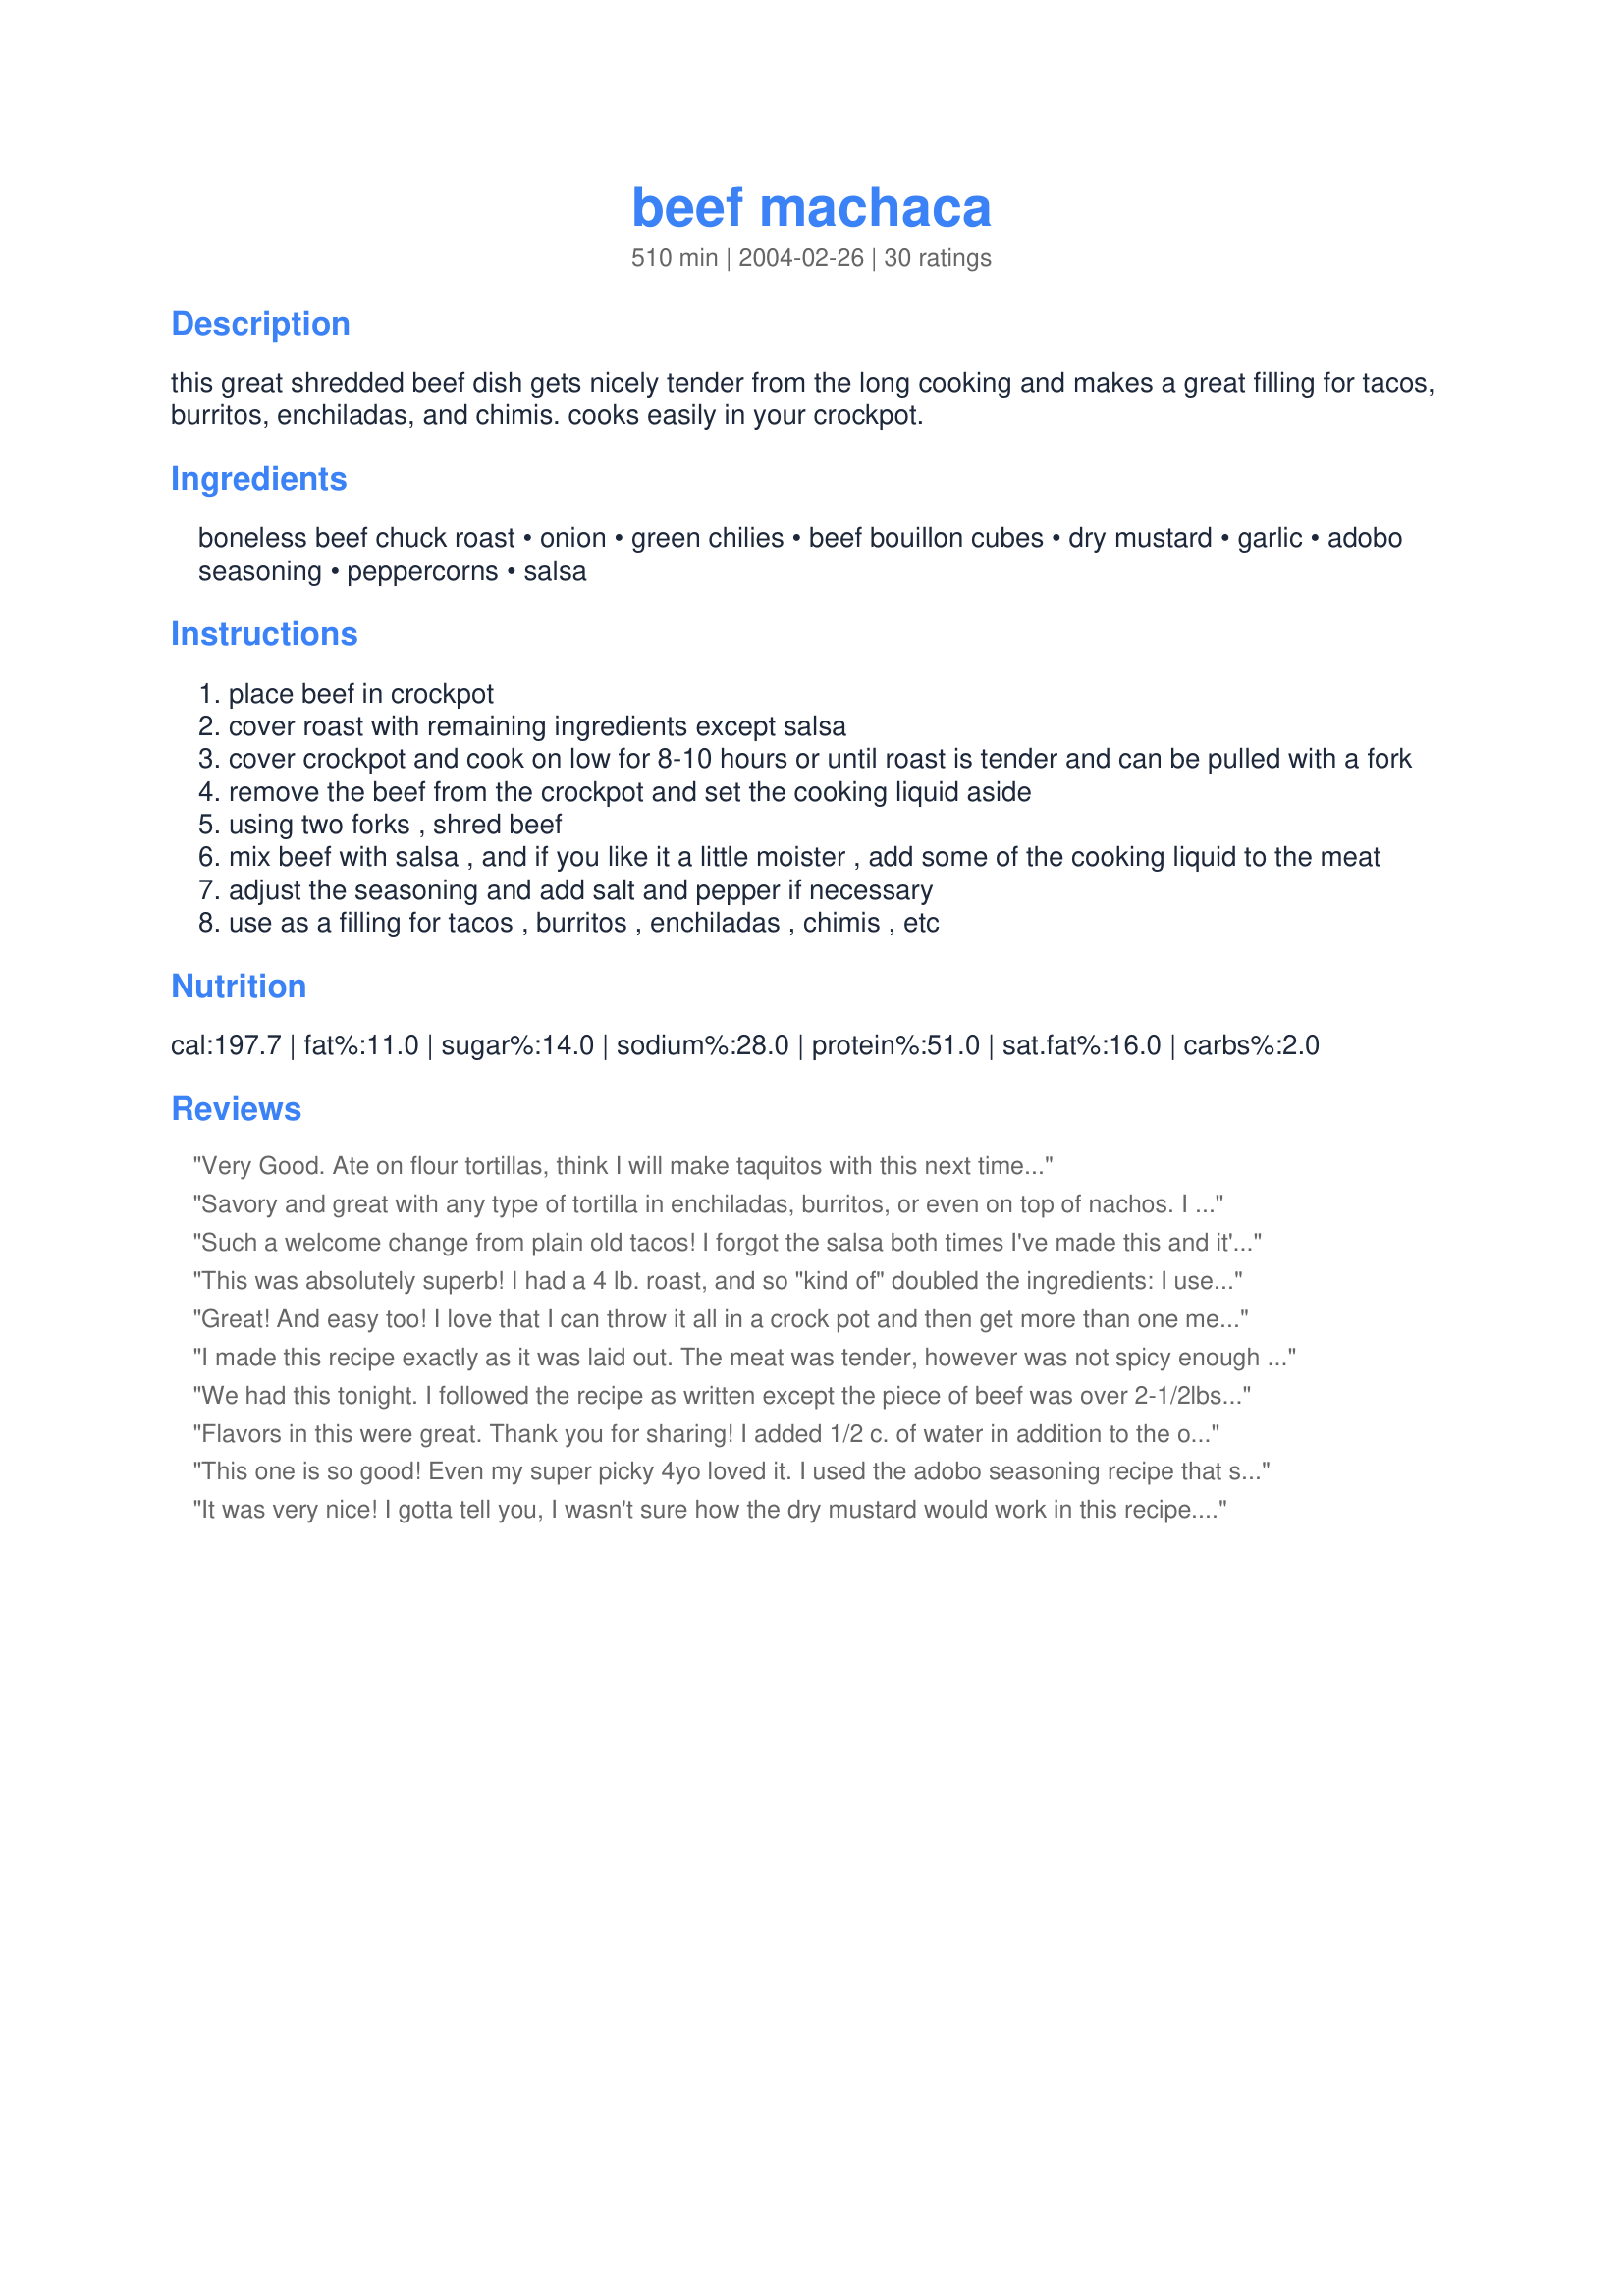
beef machaca
Preparation time: 510 minutes

this great shredded beef dish gets nicely tender from the long cooking and makes a great filling for tacos, burritos, enchiladas, and chimis. cooks easily in your crockpot.

Ingredients:
boneless beef chuck roast, onion, green chilies, beef bouillon cubes, dry mustard, garlic, adobo seasoning, peppercorns, salsa

Steps:
place beef in crockpot
cover roast with remaining ingredients except salsa
cover crockpot and cook on low for 8-10 hours or until roast is tender and can be pulled with a fork
remove the beef from the crockpot and set the cooking liquid aside
using two forks , shred beef
mix beef with salsa , and if you like it a little moister , add some of the cooking liquid to the meat
adjust the seasoning and add salt and pepper if necessary
use as a filling for tacos , burritos , enchiladas , chimis , etc

Reviews:
Very Good. Ate on flour tortillas, think I will make taquitos with this next time...
Savory and great with any type of tortilla in enchiladas, burritos, or even on top of nachos. I love serving with Refried Beans Recipe #10614 to impress company!
Such a welcome change from plain old tacos! I forgot the salsa both times I've made this and it's still delicious. Served in tortillas or hard shells with cheddar cheese, rice and sour cream. We are salt sensitive and only used 1 beef bullion cube.
This was absolutely superb! I had a 4 lb. roast, and so "kind of" doubled the ingredients: I used 2 onions, 4 cloves of garlic, 2 1/2 beef bullions, 2 tsps. dry mustard, 1 tsp cumin(instead of adobo), about 1 tsp. salt, lots of ground black pepper and two cans of chili. I let it cook in the crockpot, shredded it and let each person add their own salsa to their meal. I also hated to waste all the onion/garlic/chili mixture, so I drained them and mushed them into the beef. This beef was good in tortillas, and also good reheated with salsa and put over rice. I will absolutely make this again!
Great! And easy too! I love that I can throw it all in a crock pot and then get more than one meal out of it. DH and step-son used it for hard shell tacos, I used a soft shell. Both were great!

Thanks!
I made this recipe exactly as it was laid out. The meat was tender, however was not spicy enough for our family. I would suggest adding 1 additional cans of chilis and 3 tablespoons of red pepper or chili powder for a spicy version.
We had this tonight. I followed the recipe as written except the piece of beef was over 2-1/2lbs. Still turned out great! Used it in soft taco shells. Best thing was it was ready when I got home from work. Thank you!
Flavors in this were great. Thank you for sharing! I added 1/2 c. of water in addition to the other ingredients just to be sure it didn't dry up while I was at work.
I might try another cut of meat for the next batch. I found the chuck roast fatty.. not my favorite cut of meat. The 1.5lb roast didn't yield any more than a soft taco dinner for 3. Too bad, because I was looking forward to trying it in eggs...8(
This one is so good! Even my super picky 4yo loved it. I used the adobo seasoning recipe that someone posted in their review. We made leftovers into egg burritos for breakfast and they were to die for. Can't wait to make enchiladas out of the rest. YUM!
It was very nice! I gotta tell you, I wasn't sure how the dry mustard would work in this recipe. But it was a nice subtle addition. I used 1 teaspoon of onion powder instead of the raw onion. I didn't use the salsa because the the shredded meat stood on it's own without it. I used Penzey's Adobo Seasoning.

It doesn't make 6 to 8 servings though. More like 4. The meat reduces a lot makes about 3 cups when done.

Husband said it was a keeper! I'm making another batch tomorrow!
This is a great crockpot recipe. So many of the recipes end of with pretty much the same taste, but this one was different. I will use this recipe again, for sure!!!!! Made exactly as directed.
WILDLY exceeded my (already very high) expectations! Hubbyman finished the recipe while I'd been kept late at work, and forgot to add the salsa to the shredded beef mixture, and it was STILL deliciously moist and flavorful. I think we'll make it that way on purpose next time to open up the possibilities even more - we had terrific beef sandwiches and awesome tacos, and I'm already envisioning the wonderful breakfast burritos and enchiladas, etc., etc., ad infinitum!

THANK YOU!
Nothing too spectacular.
This was really really good. I didn't have adobo seasoning but I did put cumin, salt and garlic. I used a pressure cooker for 1 hour and it was awesome. It is really great meat for enchiladas, tacos, burritos, or as a torta. It's a keeper.
This was so good. I will definitely make it again!
I have made this recipe about 5 times now with awesome results. I've used varying qualities of salsa (store brand -> freshly prepared). I've had much better results with the fresh style salsa. I used the following modifications: adjusted seasoning quantity based on size of roast, used wet bouillon paste, added 1/2 cup water. After i shredded the meat, i simmered it in a pot for awhile. For leftovers, i have wrapped in tortillas, topping with shredded cheese and roasted onions & red pepper--wrapped in parchment and frozen in freezer bags. I reheat for quick lunch at work with great results.
My husband (who is a picky eater) and I loved this recipe. I did everything except I forgot to add the salsa at the end. I am sure it would be just as tasty. I did add 1/2 cup of water and 2 tsp of the adobo seasoning. When it was done cooking I shredded it and then added the meat to the juices in the crockpot. Here is the adobo seasoning recipe that I used:
3 Tbsp. salt
1 Tbsp. onion power
1 Tbsp. garlic powder
1 Tbsp. black pepper
1/2 tsp. oregano
1/2 tsp. chili powder
1/2 tsp. cumin
ENJOY!
I can't believe I forgot to review this!!! We really liked this. It makes a great filling for chimichangas, burritos, tacos--you name it! It's easy to make a big batch in the crockpot (not to mention smelling fabulous while it cooks), and then freeze it in smaller packages for later use. If you can't find adobo seasoning at the store, you can order it from Penzey's spices--they have a nice adobo blend. I use Pace medium salsa with cilantro for the salsa, and a little broth instead of boullion (too salty). Thanks for posting, Sue!
Delicioso! This is soooo tasty - it is to die for. My family devoured it! An extra bonus was that it was extremely simple to prepare. I made this on one of my long work days. I put it in the crockpot in the morning and my husband shredded and served it to the children in the evening while I was still at work. They enjoyed it so much that I was grateful that they saved me some. Thanks Sue L. You have a winner with this recipe! Made for ZWT5
I doubled this recipe, and it was by far the best shredded beef for tacos, burritos and enchiladas. This time, my daughter made enchiladas with it and it was a huge hit. I had to make some changes due to not having every ingredient needed on hand. didn't have enough powdered mustard, so added about 2 tsp. yellow mustard. I only had 1 can of chopped green chilis so added one Chipotle chile, chopped with a little of the sauce. I used 4 tsp. of Knorr beef boullion granules replacing the boullion cubes. I had no Adobo so I added 1 tsp. salt and about 1/2 tsp. of cumin, which are ingredients in Adobo. Because of the addition of the chipotle pepper, there were a couple of folks that considered it too spicy; most raved about it. Next time I prepare this, I will make certain I have the exact ingredients called for to please everybody's palates. You've got a winner here, thanks for sharing.
the only things I changed were to use onion powder instead of onions ( my boyfriend doens't eat onions), and I used " Old El Paso Mexican Style Sauce -ROJO"..this is new & was great. I used all of the pot juices and it was terrific! I am making this with pork tonight
This was a very flavorful beef, very tender. I did not have adobo seasoning and am trying not to accumulate spices and herbs I use infrequently so instead I just looked at this recipe for dry adobo seasoning, "Recipe #211317" and used garlic, mexican oregano, cumin and a bit of saffron in the crockpot. Did everything else just as written. This is wonderful. I love it and so does husband. DS is not sold on it but he's very picky. I didn't freeze any of what I made but may do so in the future. It makes a ton.
Tried this recipe for a Mexican Theme dinner I am planning. This was very good. I will be using it for my meat filling for the dinner. 

Thanks Suel.
Bullwinkle.
Doubled the ingredients as my beef was about 2 lbs or so. Came out very good with tons of flavor. Husband said it wasn't spicy enough for him but I thought that it was perfect. Made for Tex Mex / Mexico / Southwest region for ZWT5.
This was excellent, the flavor was wonderful. I liked it without the salsa. Very easy to make, too.
Very good. My (cheap) roast was a little tough even after 8 hours and had to be cubed rather than shredded, but, that's not the recipe's fault. I mistakenly left out the beef bouillion cubes, but the flavor was still good. We had this in flour tortillas with shredded cheddar cheese. I will make this again- thanks!
Heavenly and so easy to prepare. My apartment smelled so good when I got home. I could not wait to eat dinner. Definately looking forward to the leftovers.
Awsome! I had some frozen sliced beef that I wanted to use up so I put it in the crock pot with some tomato soup and cooked it down then shredded it with the food processor and put it back in the crock with this sauce for chims, The kids loved it for dinner! & It was self serve ( as I didn't fry the chims) which is great at our house with all the sports and activities Thanks!!!!
This was so easy and tasted really good too. The meat was very tender and flavorful. I just shredded the beef in the crockpot, put the crockpot on high and just let the liquid evaporate. Thanks!
Great machaca that was as good, if not better than my favorite Mexican restaurant. My roast was about 2 pounds and was done in about 8 hours. I didn't have adobo seasoning, so I just added salt and cumin to the pot. We had this in soft tacos for Saturday night dinner, and mixed with scrambled eggs the next day for Sunday morning brunch. The leftovers were mixed with refried beans and became burritos for DH's work lunches the following week.
